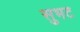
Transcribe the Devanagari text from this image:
सुभट